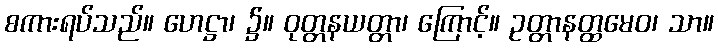
စကားရပ်သည်။ ဟေဋ္ဌာ၊ ၌။ ဝုတ္တနယတ္တာ၊ ကြောင့်။ ဥတ္တာနတ္ထမေဝ၊ သာ။